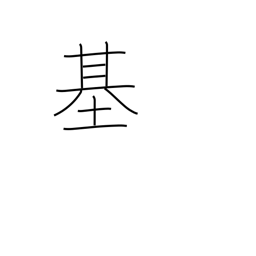
Meaning: counter for machines